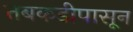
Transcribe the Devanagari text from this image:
तबकडीपासून